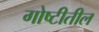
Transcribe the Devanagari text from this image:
गोष्टीतील